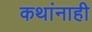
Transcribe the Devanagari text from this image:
कथांनाही